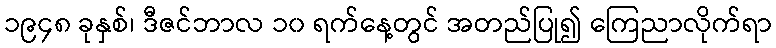
၁၉၄၈ ခုနှစ်၊ ဒီဇင်ဘာလ ၁၀ ရက်နေ့တွင် အတည်ပြု၍ ကြေညာလိုက်ရာ